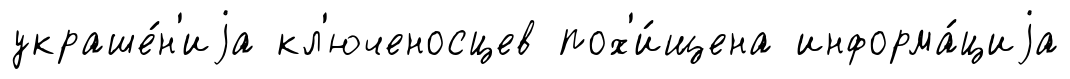
украше́н'иjа кл'юченосцев пох'и́щена информа́циjа